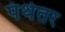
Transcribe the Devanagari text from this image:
पंथेतर